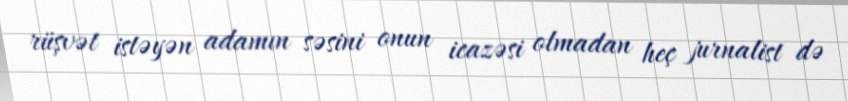
rüşvət istəyən adamın səsini onun icazəsi olmadan heç jurnalist də